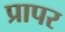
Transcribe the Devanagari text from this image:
प्रापर